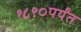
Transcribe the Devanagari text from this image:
१८९०पर्यंत